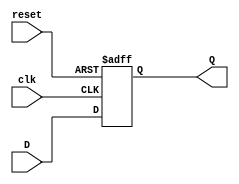
module flip_flop_register #(
    parameter N = 8  // Number of bits in the register
)(
    input wire clk,         // Clock signal
    input wire reset,       // Asynchronous reset signal
    input wire [N-1:0] D,   // N-bit data input
    output reg [N-1:0] Q    // N-bit data output
);

// Always block for the flip-flop behavior
always @(posedge clk or posedge reset) begin
    if (reset) begin
        Q <= {N{1'b0}}; // Reset all bits to 0
    end else begin
        Q <= D; // Capture data on rising edge of clock
    end
end

endmodule